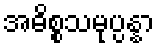
အဓိစ္စသမုပ္ပန္နာ